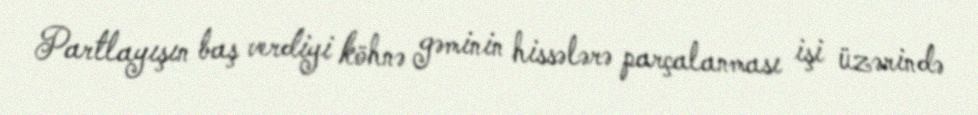
Partlayışın baş verdiyi köhnə gəminin hissələrə parçalanması işi üzərində